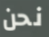
نحن